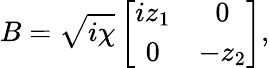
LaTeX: B=\sqrt{i\chi}\left[\begin{array}{cc}{iz_{1}}&{0}\\ {0}&{-z_{2}}\end{array}\right],